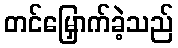
တင်မြှောက်ခဲ့သည်